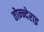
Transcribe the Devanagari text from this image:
तोन्न्देराइ